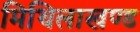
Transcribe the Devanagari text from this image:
मिथिलाखण्ड